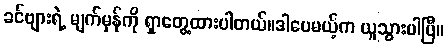
ခင်ဗျားရဲ့ မျက်မှန်ကို ရှာတွေ့ထားပါတယ်။ဒါပေမယ့်က ယူသွားပါပြီ။